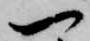
一